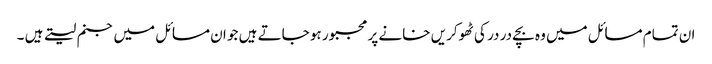
ان تمام مسائل میں وہ بچے در در کی ٹھوکریں خانے پر مجبور ہو جاتے ہیں جو ان مسائل میں جنم لیتے ہیں ۔